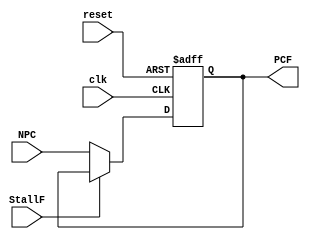
`timescale 1ns / 1ps
//////////////////////////////////////////////////////////////////////////////////
// Company: 
// Engineer: 
// 
// Design Name: 
// Module Name:    PC 
// Project Name: 
// Target Devices: 
// Tool versions: 
// Description: 
//
// Dependencies: 
//
// Revision: 
// Revision 0.01 - File Created
// Additional Comments: 
//
//////////////////////////////////////////////////////////////////////////////////
module PC(
	 input clk,
	 input reset,
    input [31:0] NPC,
	 input StallF,
    output reg[31:0] PCF
    );
	 
	 always @(posedge clk or posedge reset)
	 begin
	 if(reset) begin
	 PCF <= 32'b0000_0000_0000_0000_0011_0000_0000_0000;
	 end
	 else if(StallF==0) begin
	 PCF <= NPC;
	 end
	 end
	

endmodule